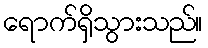
ရောက်ရှိသွားသည်။